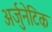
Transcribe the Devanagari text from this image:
अर्जुनेटिक